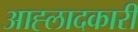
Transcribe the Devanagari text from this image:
आह्लादकारी